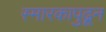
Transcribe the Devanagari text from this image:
स्मारकापुढून